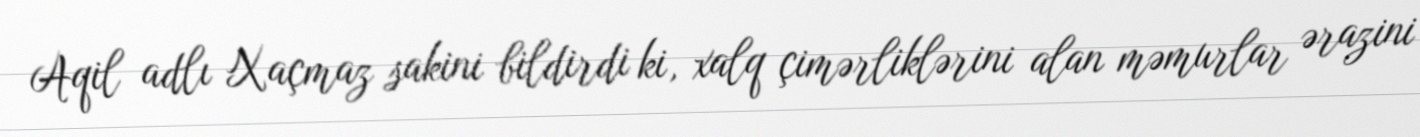
Aqil adlı Xaçmaz sakini bildirdi ki, xalq çimərliklərini alan məmurlar ərazini